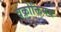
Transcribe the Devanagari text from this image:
वक्रोक्तिमय